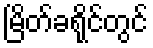
မြိတ်ခရိုင်တွင်